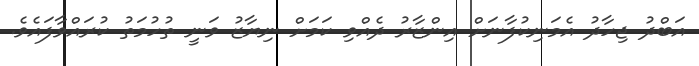
އަބްދު ޖިހާދު އެމަނިކުފާނަށް އިންޒާރު ދެއްވި ކަމަށް ނިޔާޒު ވަނީ ތުހުމަތު ކުރައްވާފައެވެ.